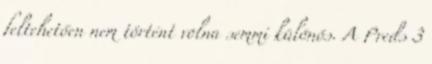
feltehetően nem történt volna semmi különös. A Preds 3